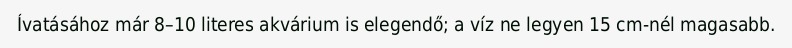
Ívatásához már 8–10 literes akvárium is elegendő; a víz ne legyen 15 cm-nél magasabb.